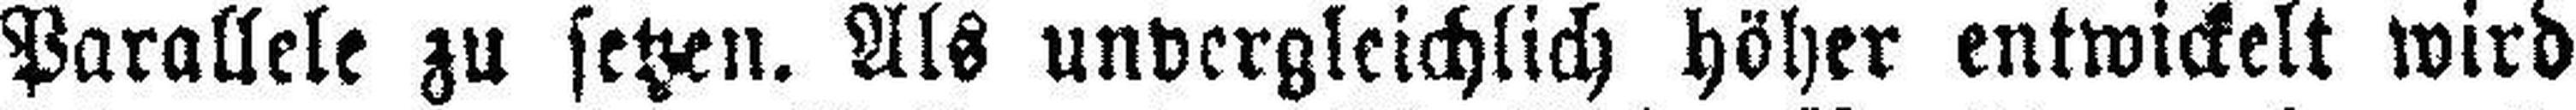
Parallele zu setzen. Als unvergleichlich höher entwickelt wird